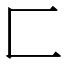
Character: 匚